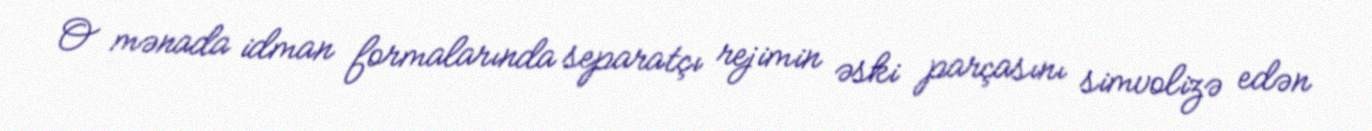
O mənada idman formalarında separatçı rejimin əski parçasını simvolizə edən